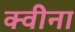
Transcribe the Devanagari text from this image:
क्वीना